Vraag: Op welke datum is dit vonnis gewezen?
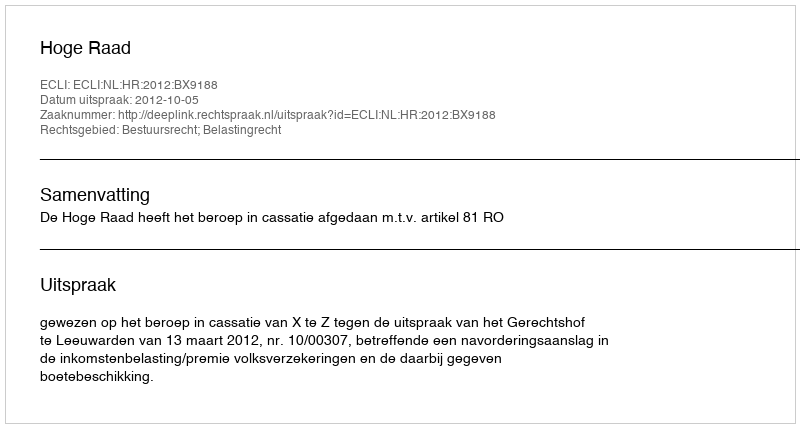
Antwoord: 2012-10-05